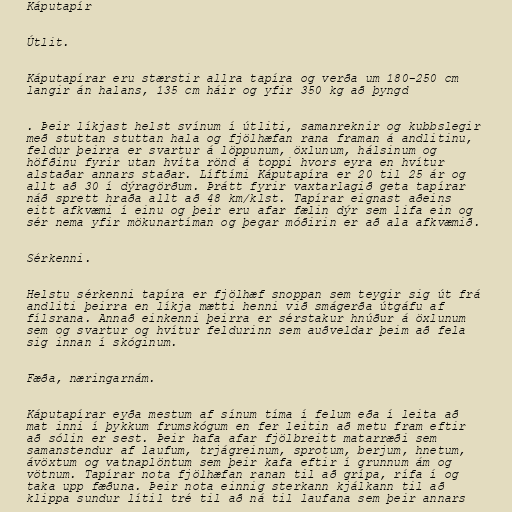
Káputapír

Útlit.

Káputapírar eru stærstir allra tapíra og verða um 180-250 cm
langir án halans, 135 cm háir og yfir 350 kg að þyngd

. Þeir líkjast helst svínum í útliti, samanreknir og kubbslegir
með stuttan stuttan hala og fjölhæfan rana framan á andlitinu,
feldur þeirra er svartur á löppunum, öxlunum, hálsinum og
höfðinu fyrir utan hvíta rönd á toppi hvors eyra en hvítur
alstaðar annars staðar. Líftími Káputapíra er 20 til 25 ár og
allt að 30 í dýragörðum. Þrátt fyrir vaxtarlagið geta tapírar
náð sprett hraða allt að 48 km/klst. Tapírar eignast aðeins
eitt afkvæmi í einu og þeir eru afar fælin dýr sem lifa ein og
sér nema yfir mökunartíman og þegar móðirin er að ala afkvæmið.

Sérkenni.

Helstu sérkenni tapíra er fjölhæf snoppan sem teygir sig út frá
andliti þeirra en líkja mætti henni við smágerða útgáfu af
fílsrana. Annað einkenni þeirra er sérstakur hnúður á öxlunum
sem og svartur og hvítur feldurinn sem auðveldar þeim að fela
sig innan í skóginum.

Fæða, næringarnám.

Káputapírar eyða mestum af sínum tíma í felum eða í leita að
mat inni í þykkum frumskógum en fer leitin að metu fram eftir
að sólin er sest. Þeir hafa afar fjölbreitt matarræði sem
samanstendur af laufum, trjágreinum, sprotum, berjum, hnetum,
ávöxtum og vatnaplöntum sem þeir kafa eftir í grunnum ám og
vötnum. Tapírar nota fjölhæfan ranan til að grípa, rífa í og
taka upp fæðuna. Þeir nota einnig sterkann kjálkann til að
klippa sundur lítil tré til að ná til laufana sem þeir annars